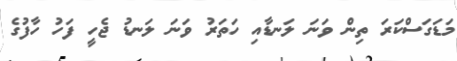
މަޑަގަސްކަރަ ތިން ވަނަ ލަނޑާއި ހަތަރު ވަނަ ލަނޑު ޖެހީ ފަހު ހާފުގެ